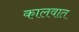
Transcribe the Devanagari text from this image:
कालवात